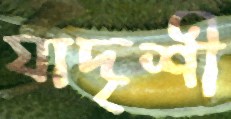
যাদৃশী